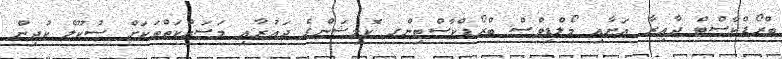
ބްރޯޑްކާސްޓް ދާއިރާ އަށާއި މޯލްޑިވްސް ބްރޯޑްކާސްޓިންގ ކޮމިޝަންގެ ދައުރާއި މަސައްކަތްތަކަށް ސުކޫލް ކުދިން